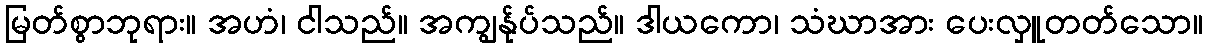
မြတ်စွာဘုရား။ အဟံ၊ ငါသည်။ အကျွန်ုပ်သည်။ ဒါယကော၊ သံဃာအား ပေးလှူတတ်သော။